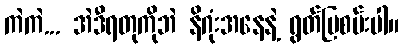
ကဲကဲ... အဲဒီရတုကိုဘဲ နိဂုံးအနေနဲ့ ရွတ်ပြစမ်းပါ။